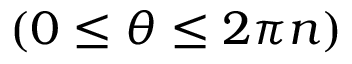
( 0 \leq \theta \leq 2 \pi n )